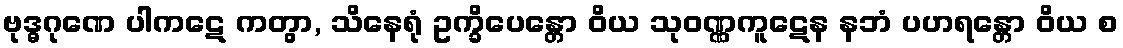
ဗုဒ္ဓဂုဏေ ပါကဋေ ကတွာ, သိနေရုံ ဥက္ခိပေန္တော ဝိယ သုဝဏ္ဏကူဋေန နဘံ ပဟရန္တော ဝိယ စ